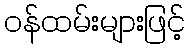
ဝန်ထမ်းများဖြင့်